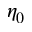
\eta _ { 0 }